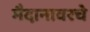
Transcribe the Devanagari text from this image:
मैदानावरचे